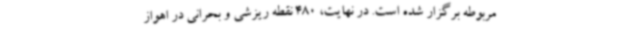
مربوطه برگزار شده است. در نهایت، 480 نقطه ریزشی و بحرانی در اهواز